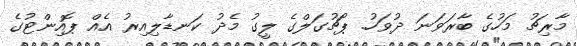
މާރިޗު މަހުގެ ބާރަވަނަ ދުވަހު. ޕޯޗުގަލްގެ ލީގު މެދު ކަނޑާލިއިރު އެއް ޕޮއިންޓުގެ